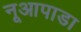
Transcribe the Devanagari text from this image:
नूआपाडा